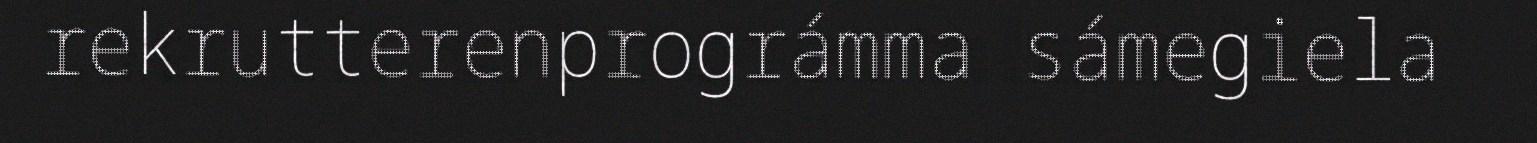
rekrutterenprográmma sámegiela